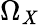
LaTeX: \Omega_{\mathit{X}}